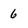
Character: 6